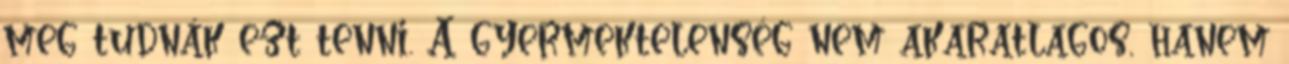
meg tudnák ezt tenni. A gyermektelenség nem akaratlagos, hanem